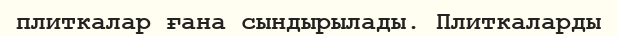
плиткалар ғана сындырылады. Плиткаларды